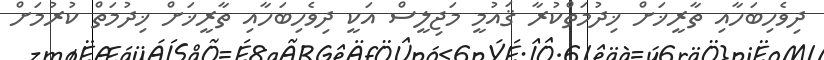
ދިވެހިބަހާއި ތާރީޚަށް ޚިދުމަތްކުރާ ޤައުމީ މަޖިލީސް އަކީ ދިވެހިބަހާއި ތާރީޚަށް ޚިދުމަތް ކުރުމަށް